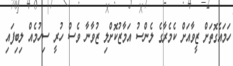
ހަމައެގޮތަށް ޒީވާއަށް ކެމެރާގެ ލެންސު އަމާޒުކޮށްލި ޒުވާނާ ވެސް ހުރީ ސިހުމެއް ލިބިފައި